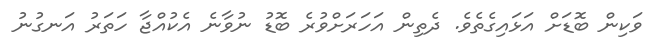
ވަކިން ބޮޑަށް އަޅައިގެތެވެ. ދެތިން އަހަރަށްވުރެ ބޮޑު ނުވާނެ އެކުއްޖާ ހަތަރު އަނގުނު